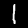
Label: 1